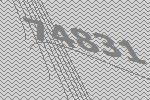
74831